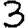
Digit: 3